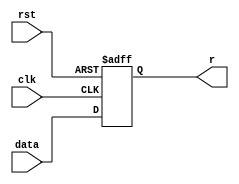
`timescale 1ns / 1ps

module register4b (r, rst, data, clk);
	output reg [3:0] r;
	input rst,clk;
	input [3:0] data;
    
   always @(posedge clk or negedge rst)
    begin
      if (rst==0)
	       begin
 	        r[3:0]= 4'b0;
         end
      else
        begin
          r[3:0]=data[3:0];
        end
    end
  
endmodule